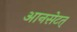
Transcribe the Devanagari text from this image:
आनसेटत्